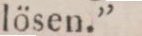
lösen.”